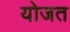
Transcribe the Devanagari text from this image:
योजत